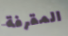
المقرفة